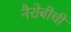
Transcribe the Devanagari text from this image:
नैरोबीची